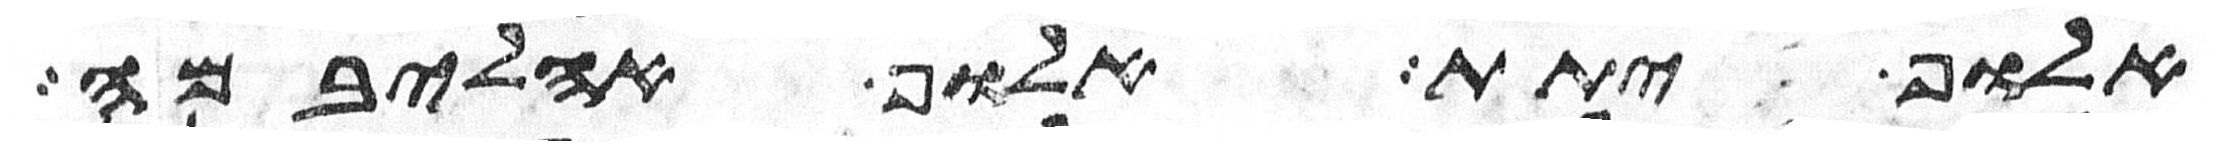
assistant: אלוף יתת אלוף אהליבמה